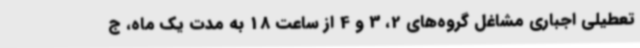
تعطیلی اجباری مشاغل گروه‌های 2، 3 و 4 از ساعت 18 به مدت یک ماه، ج